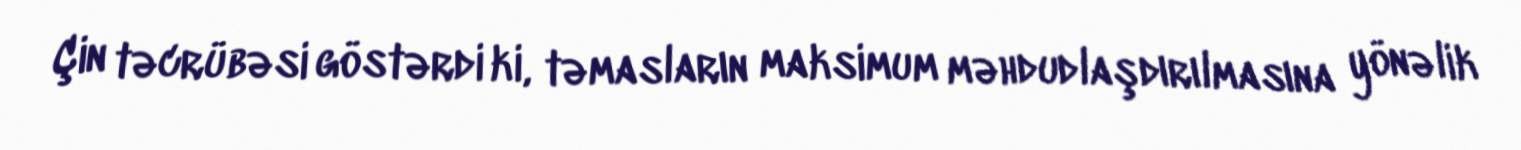
Çin təcrübəsi göstərdi ki, təmasların maksimum məhdudlaşdırılmasına yönəlik